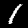
Digit: 1